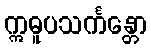
ဣဓူပသင်္ကန္တော